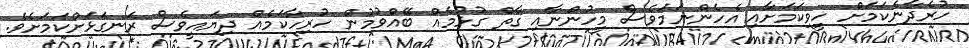
ހުރެދާނެކަމަށް ހީވިކަމަށާއި އެހެންނަމަވެސް މީހުންނާއި ގާތް ގުޅުމެއް ބޭއްވުމުން ހުރިހާކަމެއް ދިޔައީވެސް ރަނގަޅަށްކަމަށެވެ.